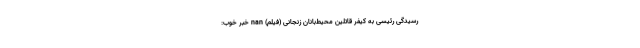
رسیدگی رئیسی به کیفر قاتلین محیط‌بانان زنجانی (فیلم) nan خبر خوب: